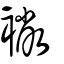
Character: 襒